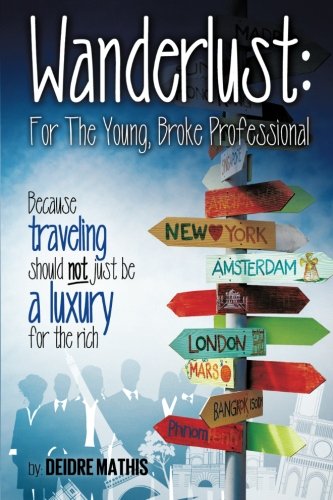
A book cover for Wanderlust: For the Young, Broke Professional: Because traveling should not just be a luxury for the rich; Deidre N. Mathis; Travel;